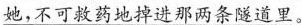
她，不可救药地掉进那两条隧道里。